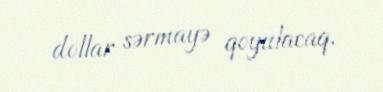
dollar sərmayə qoyulacaq.